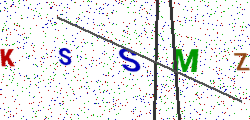
Text: KSSMZ